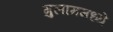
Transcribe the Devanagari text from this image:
गुलाममध्ये